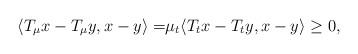
LaTeX: \begin{align*} \langle T_{\mu} x - T_{\mu} y , x-y \rangle =& \mu_{t} \langle T_{t} x - T_{t} y , x-y \rangle \geq 0,\end{align*}